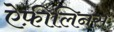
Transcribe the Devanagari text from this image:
ऐफ़ीलिनस